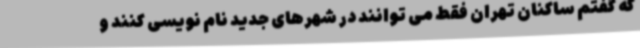
که گفتم ساکنان تهران فقط می توانند در شهرهای جدید نام نویسی کنند و